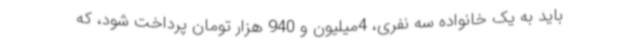
باید به یک خانواده سه نفری، 4میلیون و 940 هزار تومان پرداخت شود، که